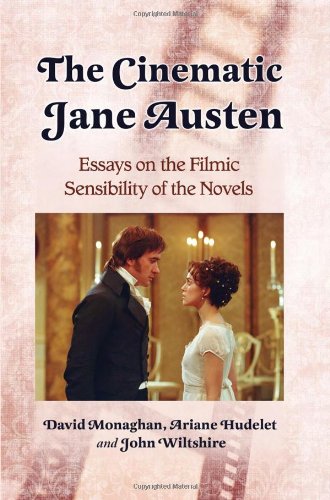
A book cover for The Cinematic Jane Austen: Essays on the Filmic Sensibility of the Novels; Humor & Entertainment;